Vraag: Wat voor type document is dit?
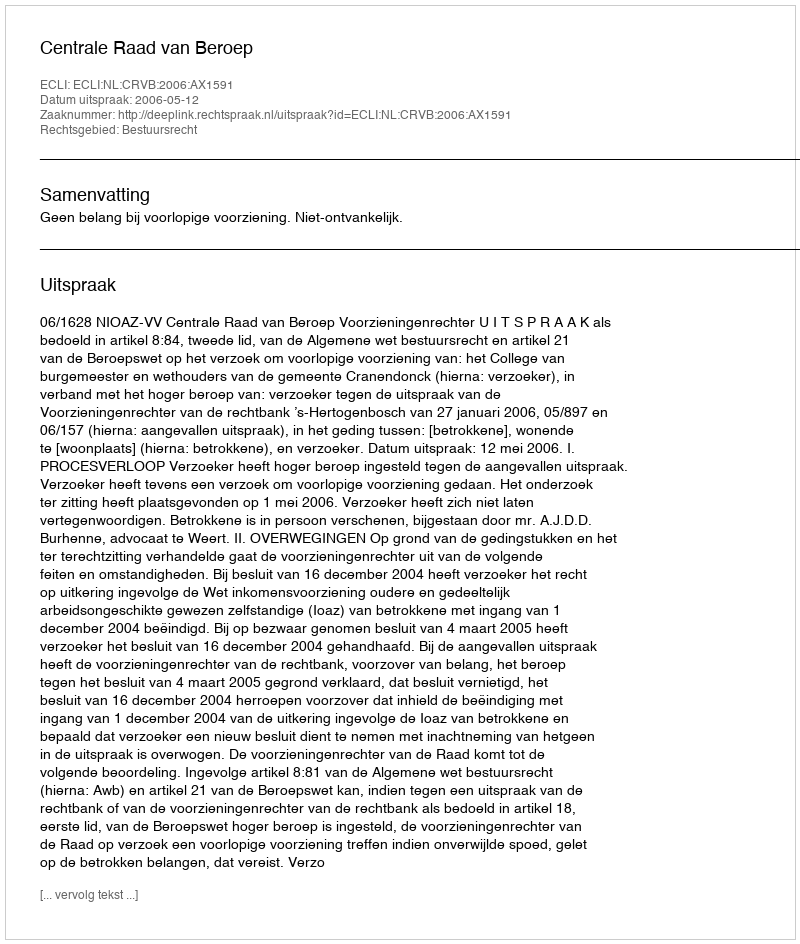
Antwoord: Uitspraak